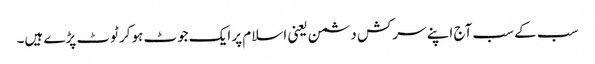
سب کے سب آج اپنے سرکش دشمن یعنی اسلام پر ایک جوٹ ہوکر ٹوٹ پڑے ہیں۔